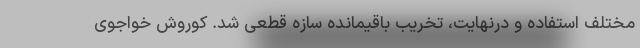
مختلف استفاده و درنهایت، تخریب باقیمانده سازه قطعی شد. کوروش خواجوی